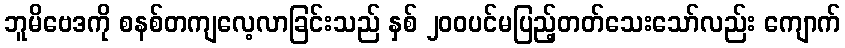
ဘူမိဗေဒကို စနစ်တကျလေ့လာခြင်းသည် နှစ် ၂၀၀ပင်မပြည့်တတ်သေးသော်လည်း ကျောက်